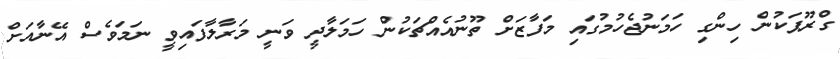
ގްރޫޕަކުން ހިންގި ހަމަނުޖެހުމުގައި މަފާޒަށް ތޫނުއެއްޗަކުން ހަމަލާދީ ވަނީ މަރާލާފައިވީ ނަމަވެސް އޭނާއަށް